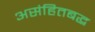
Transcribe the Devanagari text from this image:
असंहितबद्ध